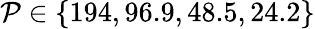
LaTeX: \mathcal{P}\in\{ 194,96.9,48.5,24.2\}